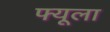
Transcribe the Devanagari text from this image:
फ्यूला